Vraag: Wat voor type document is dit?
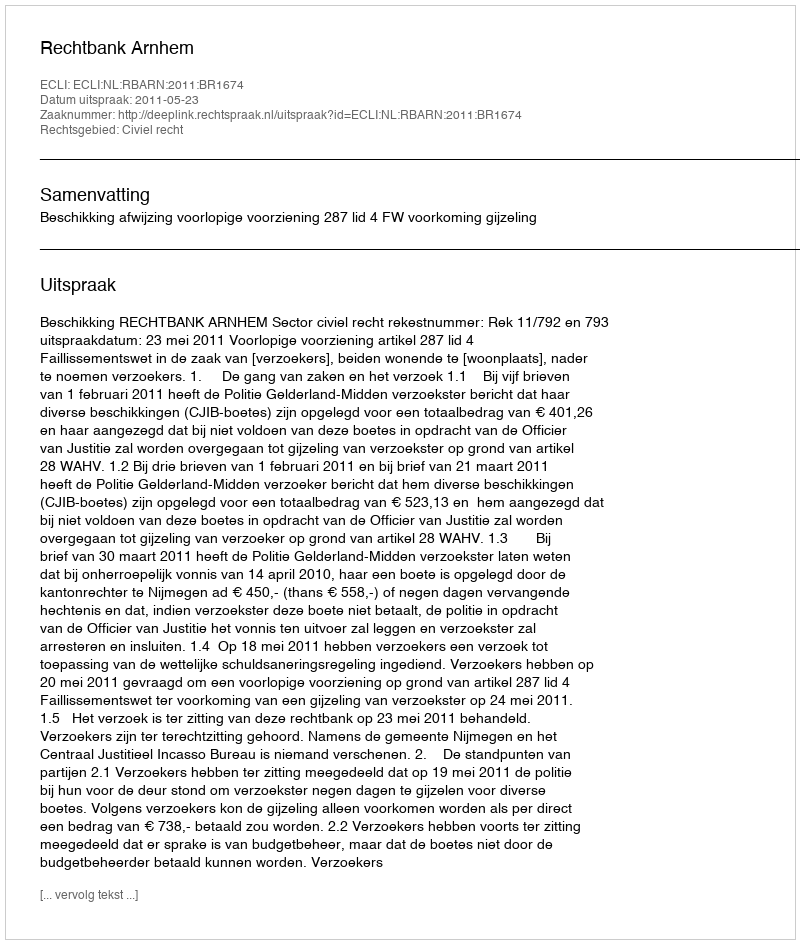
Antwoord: Uitspraak